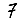
Digit: 7